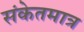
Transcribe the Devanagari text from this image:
संकेतमात्र